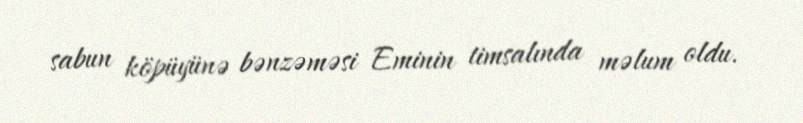
sabun köpüyünə bənzəməsi Eminin timsalında məlum oldu.